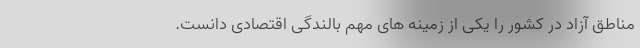
مناطق آزاد در کشور را یکی از زمینه های مهم بالندگی اقتصادی دانست.